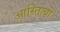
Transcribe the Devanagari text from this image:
आस्तित्वों